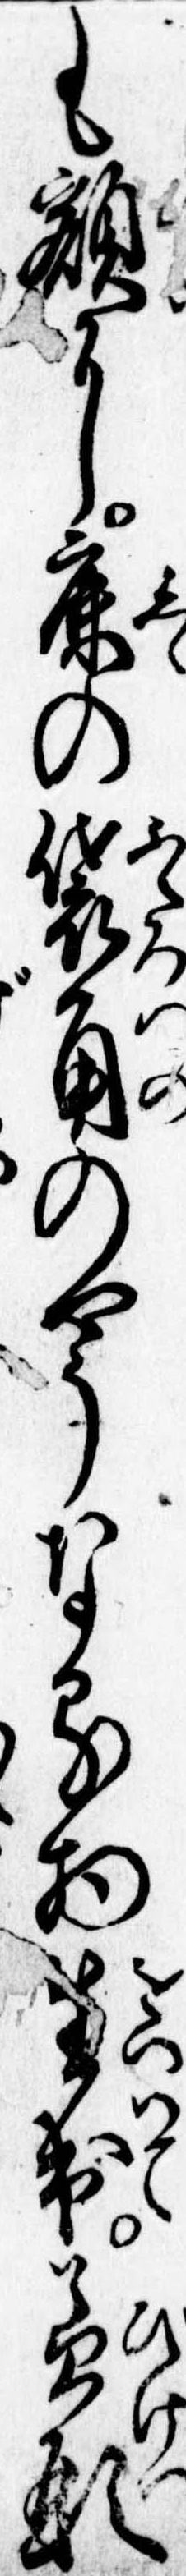
も額に鹿の袋角のやうなる物生出美形